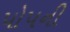
પોપની